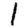
Digit: 1